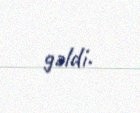
gəldi.